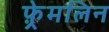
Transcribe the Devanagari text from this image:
फ़्रेमलिन